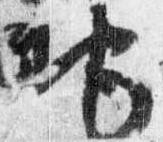
地